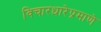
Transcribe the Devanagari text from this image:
विचारधारेप्रमाणे